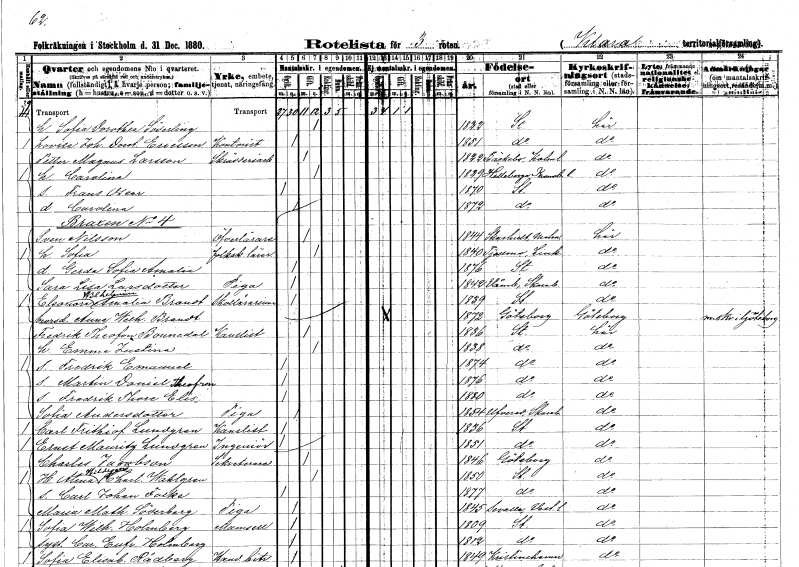
gt_parse: households: individuals: FN: Sofia Dorothea
EN: Söderling
KON: K
CIV: G
FODAR: 1822
FODFORS: Stockholm
FN: Lovisa Johanna Dorotea
EN: Ericsson
YRKE: Kontorist
KON: K
CIV: O
FODAR: 1851
FODFORS: Stockholm
FN: Petter Magnus
EN: Larsson
YRKE: Skrädderiarbetare
KON: M
CIV: G
FODAR: 1822
FODFORS: Bäckebo Kalmar län
FN: Carolina
KON: K
CIV: G
FODAR: 1829
FODFORS: Hälleberga Kalmar län
FN: Frans Oscar
KON: M
CIV: O
FODAR: 1870
FODFORS: Stockholm
FN: Carolina
KON: K
CIV: O
FODAR: 1872
FODFORS: Stockholm
FN: Sven
EN: Nilsson
YRKE: Överlärare
KON: M
CIV: G
FODAR: 1844
FODFORS: Skarhult Malmöhus län
FN: Sofia
YRKE: Folkskolelärarinna
KON: K
CIV: G
FODAR: 1840
FODFORS: Tjällmo Östergötlands län
FN: Gerda Sofia Amalia
KON: K
CIV: O
FODAR: 1876
FODFORS: Stockholm
FN: Sara Lisa
EN: Larsdotter
YRKE: Piga
KON: K
CIV: O
FODAR: 1842
FODFORS: Våmb Skaraborgs län
FN: Eleonora Wilhelmina Amalia
EN: Brandt
YRKE: Skollärarinna
KON: K
CIV: O
FODAR: 1839
FODFORS: Stockholm
FN: Anna Wilhelmina
EN: Brandt
KON: K
CIV: O
FODAR: 1872
FODFORS: Göteborg Göteborgs- och Bohuslän
FN: Fredrik Theofon
EN: Bonnedal
YRKE: Kanslist
KON: M
CIV: G
FODAR: 1836
FODFORS: Stockholm
FN: Emma Justina
KON: K
CIV: G
FODAR: 1838
FODFORS: Stockholm
FN: Fredrik Emanuel
KON: M
CIV: O
FODAR: 1874
FODFORS: Stockholm
FN: Martin Daniel Theofron
KON: M
CIV: O
FODAR: 1876
FODFORS: Stockholm
FN: Fredrik Thore Elis
KON: M
CIV: O
FODAR: 1880
FODFORS: Stockholm
FN: Sofia
EN: Andersdotter
YRKE: Piga
KON: K
CIV: O
FODAR: 1854
FODFORS: Uvered Skaraborgs län
FN: Carl Frithiof
EN: Lundgren
YRKE: Kanslist
KON: M
CIV: O
FODAR: 1836
FODFORS: Stockholm
FN: Ernst Mauritz
EN: Lundgren
YRKE: Ingenjör
KON: M
CIV: O
FODAR: 1851
FODFORS: Stockholm
FN: Charles
EN: Jacobson
YRKE: Sekreterare
KON: M
CIV: G
FODAR: 1846
FODFORS: Göteborg Göteborgs- och Bohuslän
FN: Alma Hildegard Charlotta
EN: Wahlgren
KON: K
CIV: G
FODAR: 1850
FODFORS: Stockholm
FN: Carl Johan Folke
KON: M
CIV: O
FODAR: 1877
FODFORS: Stockholm
FN: Maria Mathilda
EN: Söderberg
YRKE: Piga
KON: K
CIV: O
FODAR: 1845
FODFORS: Sevalla Västmanlands län
FN: Sofia Wilhelmina
EN: Holmberg
KON: K
CIV: O
FODAR: 1809
FODFORS: Stockholm
FN: Carolina Eufrosyne
EN: Holmberg
KON: K
CIV: O
FODAR: 1812
FODFORS: Stockholm
FN: Sofia Elisabet
EN: Rådberg
YRKE: Handelsbiträde
KON: K
CIV: O
FODAR: 1849
FODFORS: Kristinehamn Värmlands län